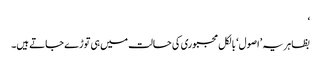
‘
بظاہر یہ ’اصول‘ بالکل مجبوری کی حالت میں ہی توڑے جاتے ہیں۔